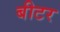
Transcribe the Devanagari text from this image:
बीटर